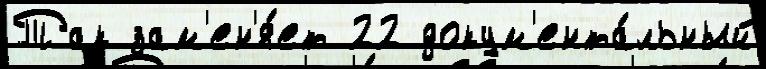
Так зам'ен'я́ет 22 докум'ента́льный